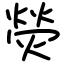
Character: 熒